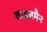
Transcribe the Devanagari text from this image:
वाइज़मैन